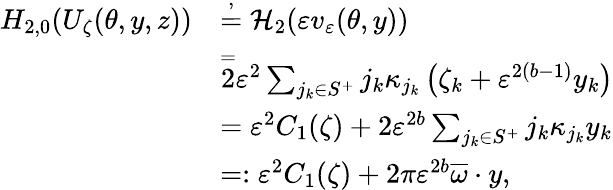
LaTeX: \begin{array}{rl}{H_{2,0}(U_{\zeta}(\theta,y,z))}&{\overset{,}=\mathcal{H}_{2}(\varepsilon v_{\varepsilon}(\theta,y))}\\ &{\overset=2\varepsilon^{2}\sum_{j_{k}\in S^{+}}j_{k}\kappa_{j_{k}}\left(\zeta_{k}+\varepsilon^{2(b-1)}y_{k}\right)}\\ &{=\varepsilon^{2}C_{1}(\zeta)+2\varepsilon^{2b}\sum_{j_{k}\in S^{+}}j_{k}\kappa_{j_{k}}y_{k}}\\ &{=:\varepsilon^{2}C_{1}(\zeta)+2\pi\varepsilon^{2b}\overline{{\omega}}\cdot y,}\end{array}